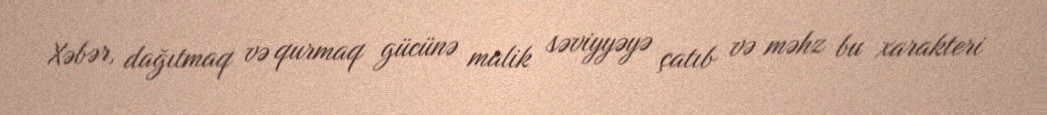
Xəbər, dağıtmaq və qurmaq gücünə malik səviyyəyə çatıb və məhz bu xarakteri